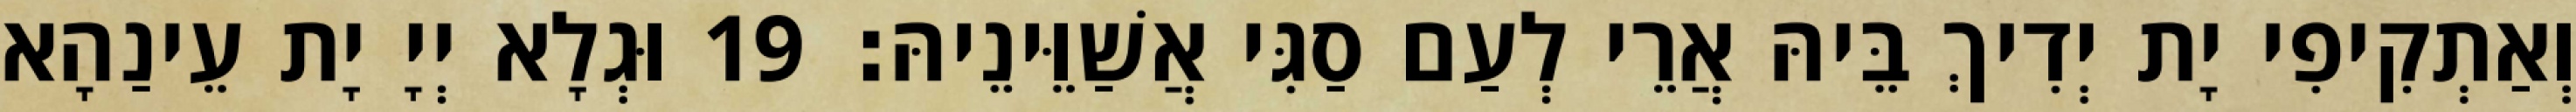
וְאַתְקִיפִי יָת יְדִיךְ בֵּיהּ אֲרֵי לְעַם סַגִּי אֲשַׁוֵּינֵיהּ׃ 19 וּגְלָא יְיָ יָת עֵינַהָא